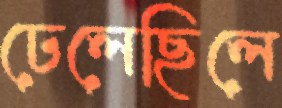
ঢেলেছিলে